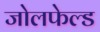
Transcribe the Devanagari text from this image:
जोलफेल्ड